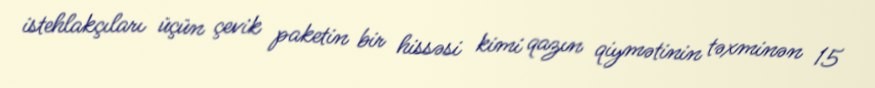
istehlakçıları üçün çevik paketin bir hissəsi kimi qazın qiymətinin təxminən 15